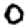
Digit: 0